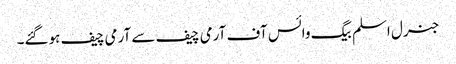
جنرل اسلم بیگ وائس آف آرمی چیف سے آرمی چیف ہوگئے۔